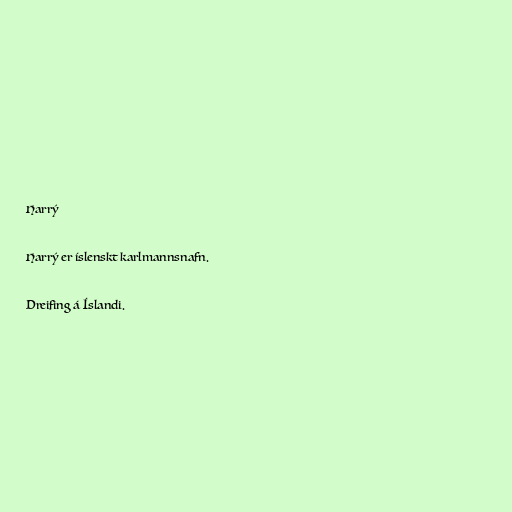
Harrý

Harrý er íslenskt karlmannsnafn.

Dreifing á Íslandi.